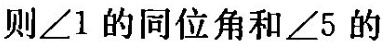
则∠1的同位角和∠5的